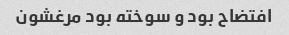
افتضاح بود و سوخته بود مرغشون